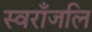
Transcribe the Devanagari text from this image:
स्वराँजलि